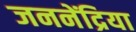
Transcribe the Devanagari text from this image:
जननेंद्रिया